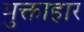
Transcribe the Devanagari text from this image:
मुक्ताहार